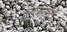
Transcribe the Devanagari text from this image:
झाल्यामुले